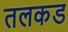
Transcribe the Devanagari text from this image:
तलकड